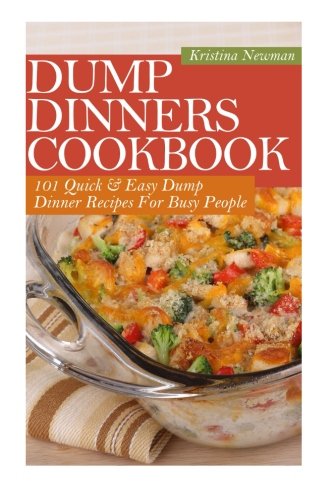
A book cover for Dump Dinners Cookbook: 101 Quick & Easy Dump Dinner Recipes For Busy People; Kristina Newman; Cookbooks, Food & Wine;